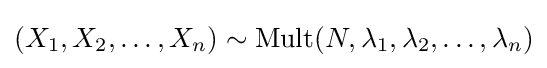
(X_{1},X_{2},\dots ,X_{n})\sim \operatorname {Mult} (N,\lambda _{1},\lambda _{2},\dots ,\lambda _{n})